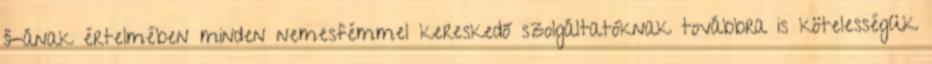
§-ának értelmében minden nemesfémmel kereskedő szolgáltatóknak továbbra is kötelességük